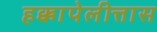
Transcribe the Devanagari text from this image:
हक्कापेलीत्तास